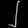
Digit: ၂